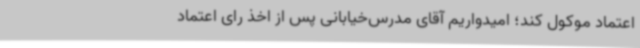
اعتماد موکول کند؛ امیدواریم آقای مدرس‌خیابانی پس از اخذ رای اعتماد